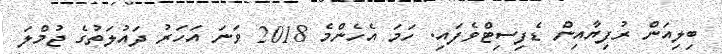
ބިލިއަން ރުފިޔާއިން ޑެފިސިޓްވެފައި. ހަމަ އެހެންމެ 2018 ވަނަ އަހަރު ދައުލަތުގެ ޖުމްލަ